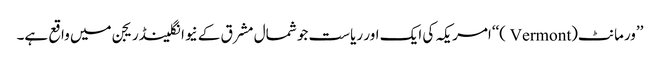
’’ورمانٹ(Vermont )‘‘امریکہ کی ایک اور ریاست جو شمال مشرق کے نیوانگلینڈریجن میں واقع ہے۔